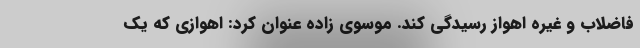
فاضلاب و غیره اهواز رسیدگی کند. موسوی زاده عنوان کرد: اهوازی که یک